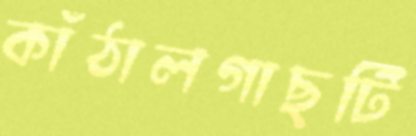
কাঁঠালগাছটি